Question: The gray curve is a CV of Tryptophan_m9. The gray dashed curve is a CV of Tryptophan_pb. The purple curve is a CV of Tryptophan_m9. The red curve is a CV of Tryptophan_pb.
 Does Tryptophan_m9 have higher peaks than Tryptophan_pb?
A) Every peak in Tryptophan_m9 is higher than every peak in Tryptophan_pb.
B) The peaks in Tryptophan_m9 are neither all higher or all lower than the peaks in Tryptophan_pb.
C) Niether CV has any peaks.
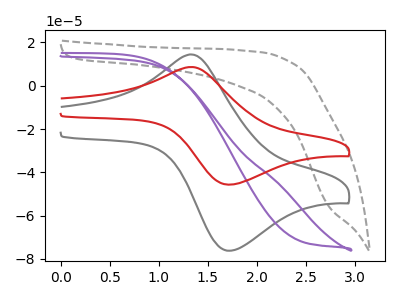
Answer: <think>The gray curve "Tryptophan_m9" has an anodic peak at (1.35V, 14.45uA) and a cathodic peak at (1.70V, -76.20uA). The gray dashed curve "Tryptophan_pb" has no peaks. The purple curve "Tryptophan_m9" has no peaks. The red curve "Tryptophan_pb" has an anodic peak at (1.35V, 8.65uA) and a cathodic peak at (1.70V, -45.70uA).</think>
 <answer>A) Every peak in "Tryptophan_m9" is higher than every peak in "Tryptophan_pb".</answer>
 <eval>A</eval>